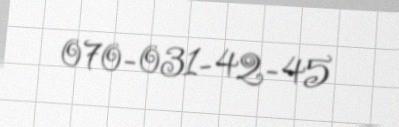
070-031-42-45